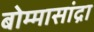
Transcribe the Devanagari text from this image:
बोम्मासांद्रा